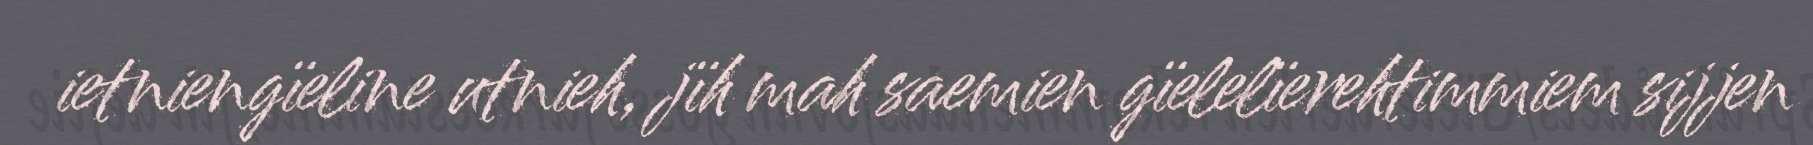
ietniengïeline utnieh, jïh mah saemien gïelelïerehtimmiem sijjen